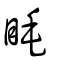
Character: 眊